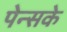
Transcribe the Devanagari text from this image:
पेन्सके